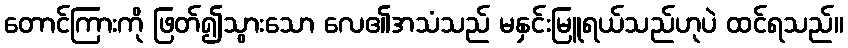
တောင်ကြားကို ဖြတ်၍သွားသော လေ၏အသံသည် မနှင်းမြူရယ်သည်ဟုပဲ ထင်ရသည်။